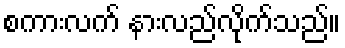
စကားလက် နားလည်လိုက်သည်။